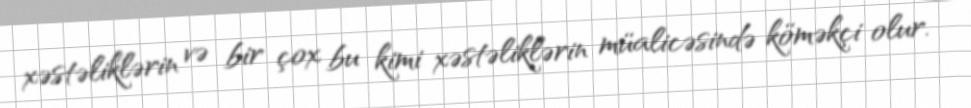
xəstəliklərin və bir çox bu kimi xəstəliklərin müalicəsində köməkçi olur.